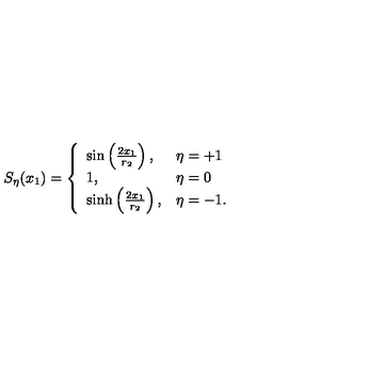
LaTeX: S _ { \eta } ( x _ { 1 } ) = \left\{ \begin{array} { l l } { \sin \left( { \frac { 2 x _ { 1 } } { r _ { 2 } } } \right) , } & { \eta = + 1 } \\ { 1 , } & { \eta = 0 } \\ { \sinh \left( { \frac { 2 x _ { 1 } } { r _ { 2 } } } \right) , } & { \eta = - 1 . } \\ \end{array} \right.